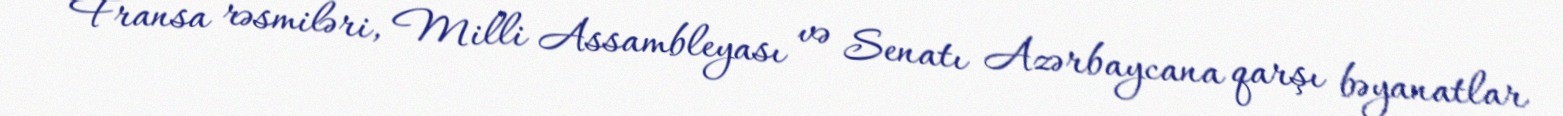
Fransa rəsmiləri, Milli Assambleyası və Senatı Azərbaycana qarşı bəyanatlar